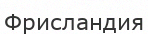
Фрисландия